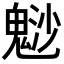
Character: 𩳑